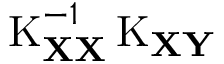
\operatorname { K } _ { \mathbf { X X } } ^ { - 1 } \operatorname { K } _ { \mathbf { X Y } }